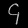
Digit: ၄